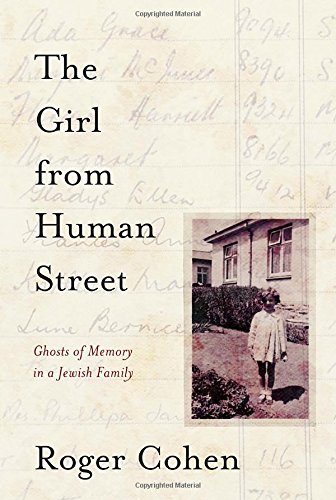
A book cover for The Girl from Human Street: Ghosts of Memory in a Jewish Family; Roger Cohen; Biographies & Memoirs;